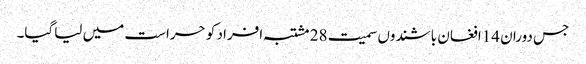
جس دوران 14افغان باشندوں سمیت 28 مشتبہ افراد کو حراست میں لیاگیا۔